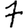
Digit: 7